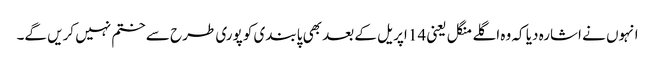
انہوں نے اشارہ دیا کہ وہ اگلے منگل یعنی 14 اپریل کے بعد بھی پابندی کو پوری طرح سے ختم نہیں کریں گے۔